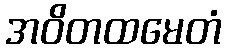
အဝိတထမေတံ